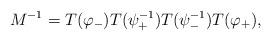
LaTeX: \begin{align*} M^{-1} = T(\varphi_-)T(\psi_+^{-1})T(\psi_-^{-1})T(\varphi_+),\end{align*}